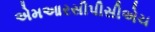
એમઆરસીપીસીએચ